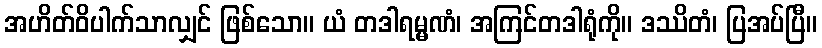
အဟိတ်ဝိပါက်သာလျှင် ဖြစ်သော။ ယံ တဒါရမ္မဏံ၊ အကြင်တဒါရုံကို။ ဒဿိတံ၊ ပြအပ်ပြီ။